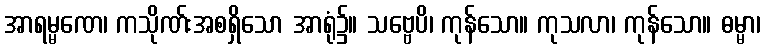
အာရမ္မဏေ၊ ကသိုဏ်းအစရှိသော အာရုံ၌။ သဗ္ဗေပိ၊ ကုန်သော။ ကုသလာ၊ ကုန်သော။ ဓမ္မာ၊